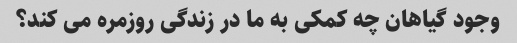
وجود گیاهان چه کمکی به ما در زندگی روزمره می کند؟